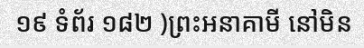
១៩ ទំព័រ ១៨២ )ព្រះអនាគាមី នៅមិន